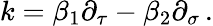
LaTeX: k=\beta_{1}\partial_{\tau}-\beta_{2}\partial_{\sigma}\, .